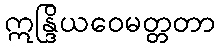
ဣန္ဒြိယဝေမတ္တတာ